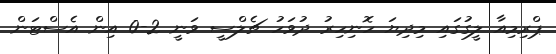
ޕްރިމިއާ ލީގުގައި މިދިޔަ ހޮނިހިރު ދުވަހު ޗެލްސީ ވަނީ 2-0 އިން އެސްޓަން